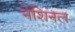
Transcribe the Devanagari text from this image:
नेशिनल